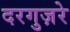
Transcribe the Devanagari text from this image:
दरगुज़रे